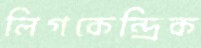
লিগকেন্দ্রিক